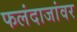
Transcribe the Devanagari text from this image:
फलंदाजांवर